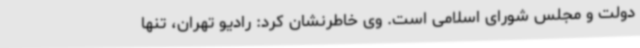
دولت و مجلس شورای اسلامی است. وی خاطرنشان کرد: رادیو تهران، تنها